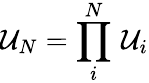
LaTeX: \mathcal{U}_{N}=\prod_{i}^{N}\, \mathcal{U}_{i}